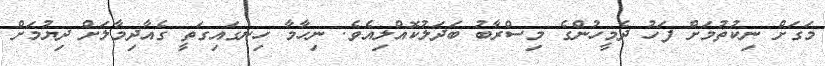
މަގަށް ނިކުތުމަށް ފަހު ދެމީހުންގެ މިސްރާބު ބަދަލުކޮއްލިއެވެ. ނިހާމާ ހިނގައިގަތީ ގެއާދިމާލަށް ދިޔުމަށް